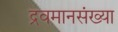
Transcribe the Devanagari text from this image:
द्रवमानसंख्या